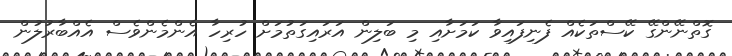
ގޮތްނޭންގޭ ކޭސްތަކެއް ފެނިފައިވާ ކަމަށާއި މި ބަލިން އަރައިގަތުމަށް ހުރިހާ އެންމެންވެސް އެއްބާރުލުން